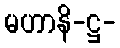
မဟာနိ-ဋ္ဌ-